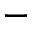
-